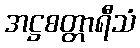
အဋ္ဌစတ္တာရီသံ